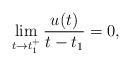
LaTeX: \begin{align*}\lim_{t \to t_1^+}\dfrac{u(t)}{t-t_1}=0,\end{align*}